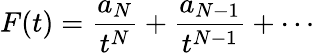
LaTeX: F(t)={\frac{a_{N}}{t^{N}}}+{\frac{a_{N-1}}{t^{N-1}}}+\cdots